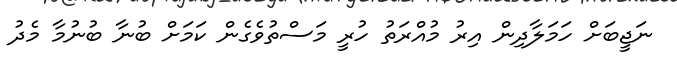
ނަޖީބަށް ހަމަލާދިން އިރު މުއްރަތު ހުރީ މަސްތުވެގެން ކަމަށް ބުނާ ބުނުމާ މެދު